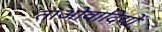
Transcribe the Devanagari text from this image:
ताओवादियों